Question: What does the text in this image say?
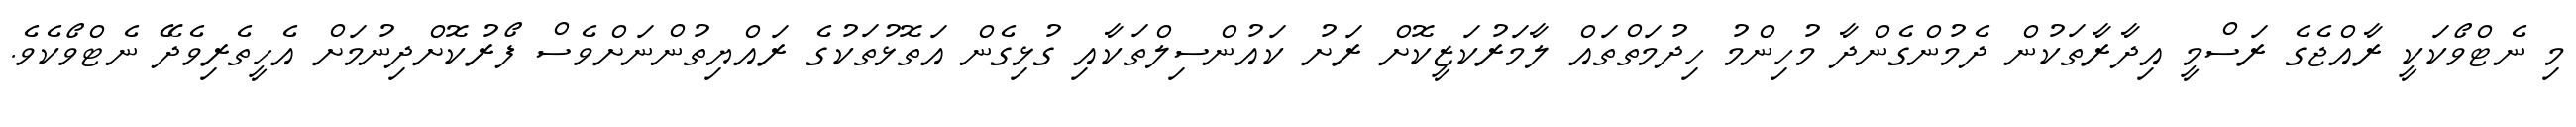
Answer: މި ނެޓްވޯކަކީ ރާއްޖެގެ ރަސްމީ އިދާރާތަކުން ދެމުންގެންދާ މުހިންމު ހިދުމަތްތައް ލާމަރުކަޒީކޮށް ރަށު ކައުންސިލްތަކާއި ގުޅިގެން އަތޮޅުތަކުގެ ރައްޔިތުންނަށްވެސް ފޯރުކޮށްދިނުމަށް އެހީތެރިވެދޭ ނެޓްވޯކެވެ.